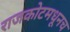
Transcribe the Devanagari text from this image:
राजकोटमधूनच